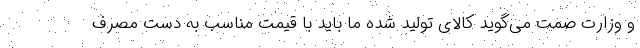
و وزارت صمت می‌گوید کالای تولید شده ما باید با قیمت مناسب به دست مصرف